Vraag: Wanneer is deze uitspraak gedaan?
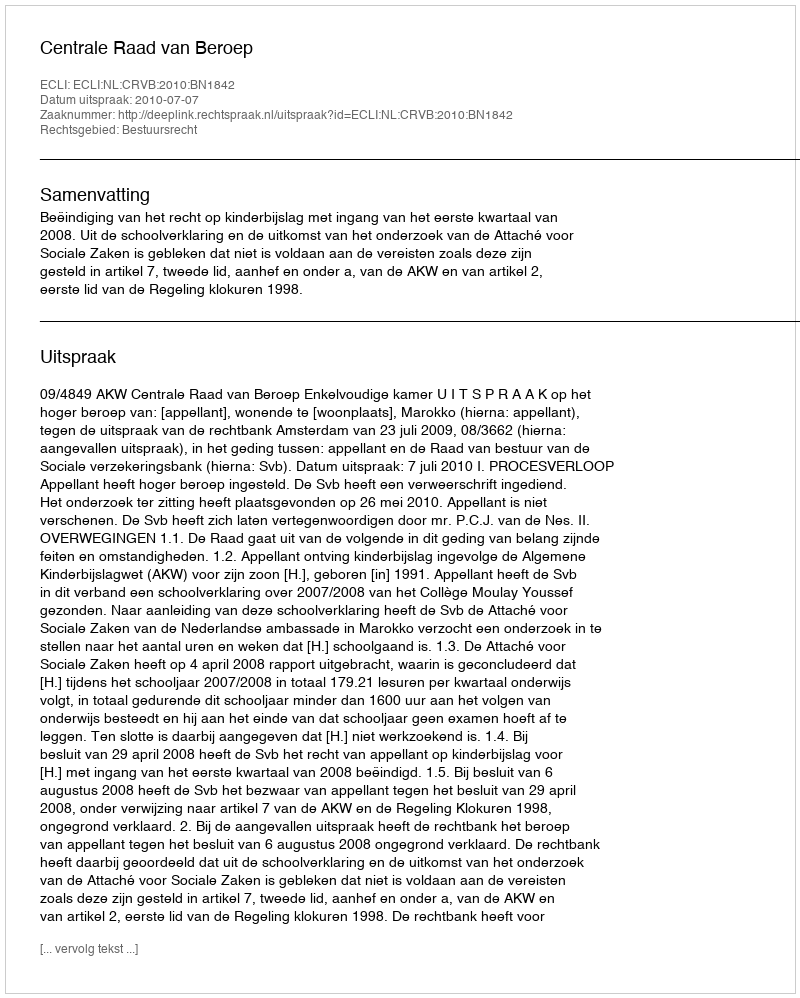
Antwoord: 2010-07-07